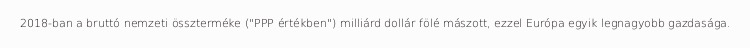
2018-ban a bruttó nemzeti összterméke ("PPP értékben") milliárd dollár fölé mászott, ezzel Európa egyik legnagyobb gazdasága.